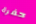
حفرة